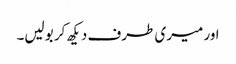
اور میری طرف دیکھ کر بولیں۔